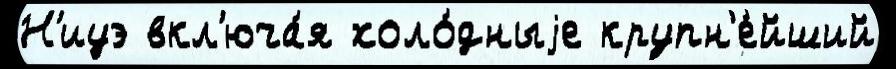
Н'иуэ вкл'юча́я холо́дныjе крупн'е́йший